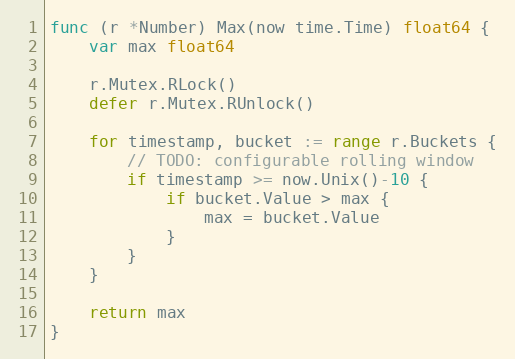
Language: Go
func (r *Number) Max(now time.Time) float64 {
	var max float64

	r.Mutex.RLock()
	defer r.Mutex.RUnlock()

	for timestamp, bucket := range r.Buckets {
		// TODO: configurable rolling window
		if timestamp >= now.Unix()-10 {
			if bucket.Value > max {
				max = bucket.Value
			}
		}
	}

	return max
}